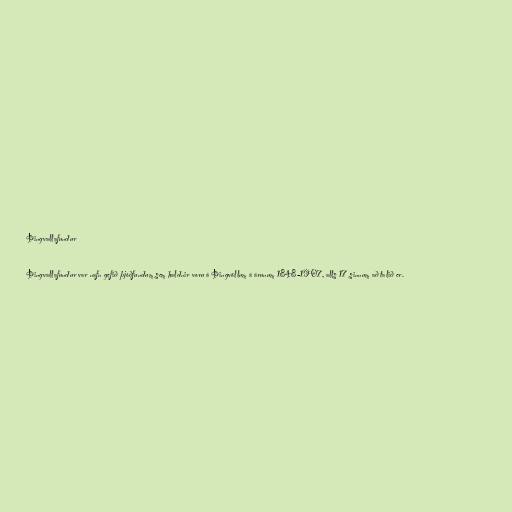
Þingvallafundur

Þingvallafundur var nafn gefið þjóðfundum sem haldnir voru á Þingvöllum á árunum 1848-1907, alls 17 sinnum að talið er.